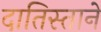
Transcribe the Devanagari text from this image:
दातिस्ताने